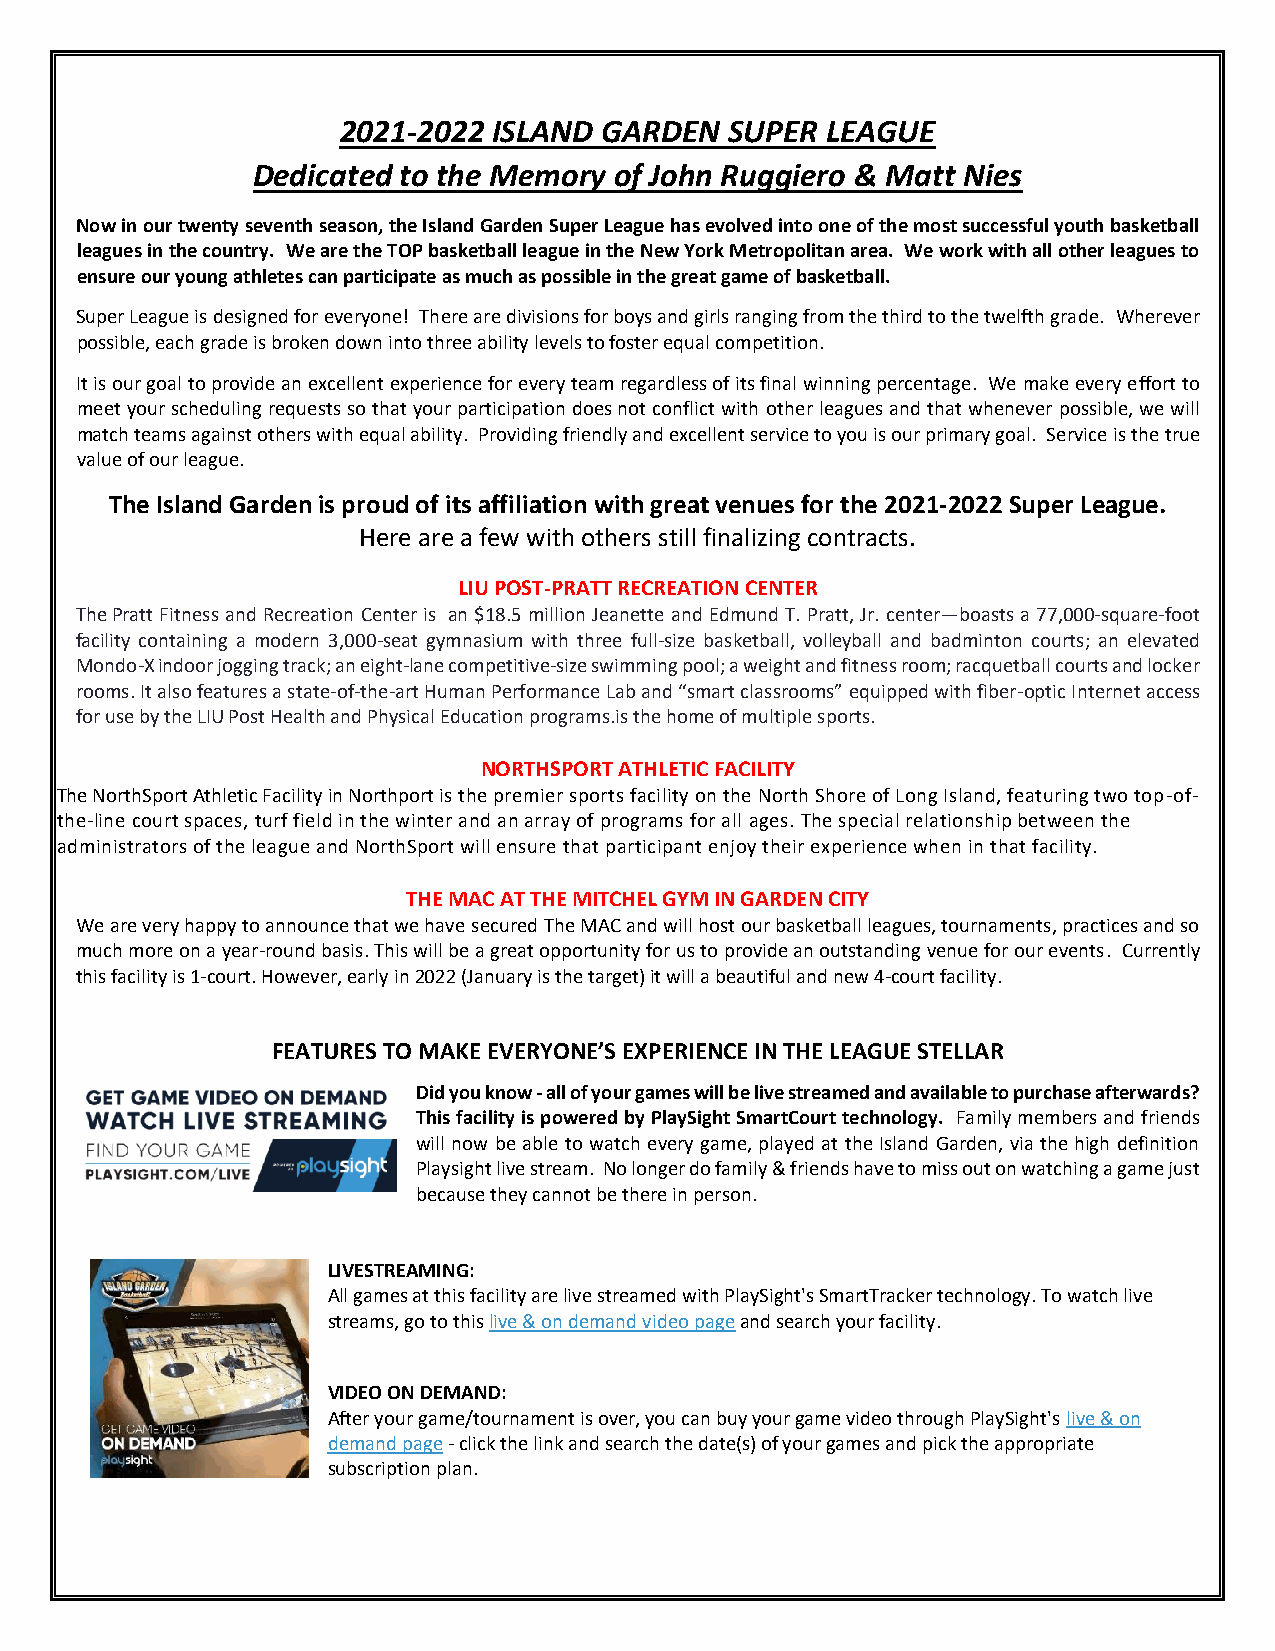
2021-2022  ISLAND GARDEN  SUPER  LEAGUE
 Dedicated to the Memory of John Ruggiero & Matt Nies
 Now in our twenty seventh season, the Island Garden Super League has evolved into one of the most successful youth basketball
 leagues in the country. We are the TOP basketball league in the New York Metropolitan area. We work with all other leagues to
 ensure our young athletes can participate as much as possible in the great game of basketball.
 Super League is designed for everyone! There are divisions for boys and girls ranging from the third to the twelfth grade. Wherever
 possible, each grade is broken down into three ability levels to foster equal competition.
 It is our goal to provide an excellent experience for every team regardless of its final winning percentage. We make every effort to
 meet your scheduling requests so that your participation does not conflict with other leagues and that whenever possible, we will
 match teams against others with equal ability. Providing friendly and excellent service to you is our primary goal. Service is the true
 value of our league.
 The Island Garden is proud of its affiliation with great venues for the 2021-2022 Super League.
 Here are a few with others still finalizing contracts.
 LIU POST-PRATT RECREATION CENTER
 The Pratt Fitness and Recreation Center is an $18.5 million Jeanette and Edmund T. Pratt, Jr. center—boasts a 77,000-square-foot
 facility containing a modern 3,000-seat gymnasium with three full-size basketball, volleyball and badminton courts; an elevated
 Mondo-X indoor jogging track; an eight-lane competitive-size swimming pool; a weight and fitness room; racquetball courts and locker
 rooms. It also features a state-of-the-art Human Performance Lab and “smart classrooms” equipped with fiber-optic Internet access
 for use by the LIU Post Health and Physical Education programs.is the home of multiple sports.
 NORTHSPORT ATHLETIC FACILITY
 The NorthSport Athletic Facility in Northport is the premier sports facility on the North Shore of Long Island, featuring two top-of-
 the-line court spaces, turf field in the winter and an array of programs for all ages. The special relationship between the
 administrators of the league and NorthSport will ensure that participant enjoy their experience when in that facility.
 THE MAC AT THE MITCHEL GYM IN GARDEN CITY
 We are very happy to announce that we have secured The MAC and will host our basketball leagues, tournaments, practices and so
 much more on a year-round basis. This will be a great opportunity for us to provide an outstanding venue for our events. Currently
 this facility is 1-court. However, early in 2022 (January is the target) it will a beautiful and new 4-court facility.
 FEATURES TO MAKE EVERYONE’S EXPERIENCE IN THE LEAGUE STELLAR
 Did you know - all of your games will be live streamed and available to purchase afterwards?
 This facility is powered by PlaySight SmartCourt technology. Family members and friends
 will now be able to watch every game, played at the Island Garden, via the high definition
 Playsight live stream. No longer do family & friends have to miss out on watching a game just
 because they cannot be there in person.
 LIVESTREAMING:
 All games at this facility are live streamed with PlaySight's SmartTracker technology. To watch live
 streams, go to this live & on demand video page and search your facility.
 VIDEO ON DEMAND:
 After your game/tournament is over, you can buy your game video through PlaySight's live & on
 demand page - click the link and search the date(s) of your games and pick the appropriate
 subscription plan.